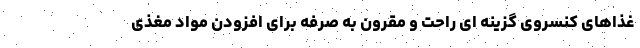
غذاهای کنسروی گزینه ای راحت و مقرون به صرفه برای افزودن مواد مغذی